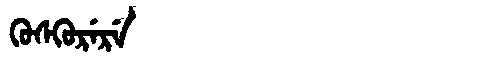
Manchu: ᡴᡠᠰᡴᡠᡵᡝᡵᡝ
Romanization: KUSKURERE